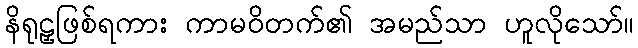
နိရုဠှဖြစ်ရကား ကာမဝိတက်၏ အမည်သာ ဟူလိုသော်။